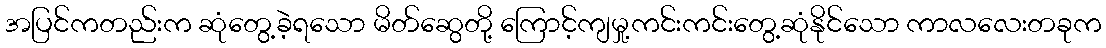
အပြင်ကတည်းက ဆုံတွေ့ခဲ့ရသော မိတ်ဆွေတို့ ကြောင့်ကျမှု့ကင်းကင်းတွေ့ဆုံနိုင်သော ကာလလေးတခုက